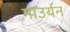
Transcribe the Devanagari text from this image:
माउर्यन